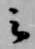
云